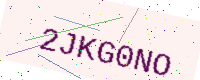
Text: 2JKG0NO